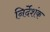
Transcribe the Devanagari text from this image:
निर्देशंक